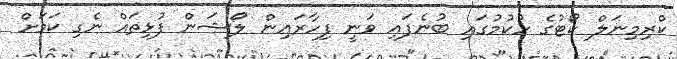
ކްރިމިނަލް ކޯޓުގެ ހުކުމުގައި ބުނެފައި ވަނީ ފިހާރައިން ލޯޝަން ފުޅިތައް ނެގި ކަމަށް